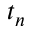
t _ { n }